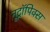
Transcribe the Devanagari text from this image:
नूट्रॉपिक्स